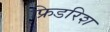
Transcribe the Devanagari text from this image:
फ्रिडरिश